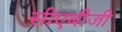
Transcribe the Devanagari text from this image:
सीएबीजी